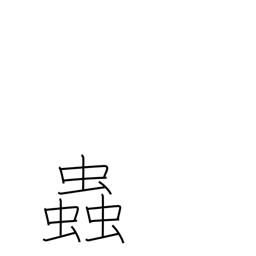
Meaning: temper